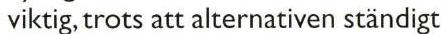
viktig, trots att alternativen ständigt